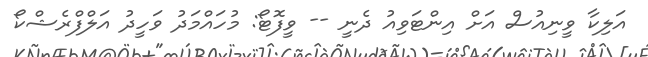
އަލިކާ ވީނިއުސް އަށް އިންޓަވިއު ދެނީ -- ވީފޮޓޯ: މުހައްމަދު ވަހީދު އަލްފްރެޝްކޯ